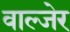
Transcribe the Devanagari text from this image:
वाल्जेर